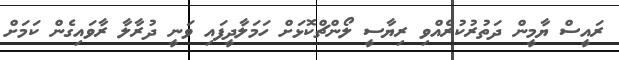
ރައީސް ޔާމީން ދަތުރުކުރެއްވި ރިޔާސީ ލޯންޗްކޮޅަށް ހަމަލާދީފައި ވަނީ ދުރާލާ ރާވައިގެން ކަމަށް